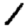
Digit: 1